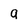
Character: g